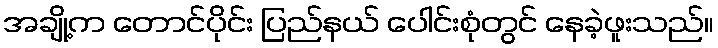
အချို့က တောင်ပိုင်း ပြည်နယ် ပေါင်းစုံတွင် နေခဲ့ဖူးသည်။